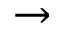
\to